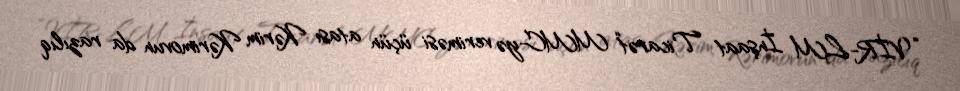
“VİR-LM İnşaat Ticarət“ MMC-yə veriməsi üçün atası Kərim Kərimovun da razılıq